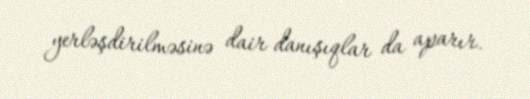
yerləşdirilməsinə dair danışıqlar da aparır.